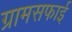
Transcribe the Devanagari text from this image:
ग्रामसफाई